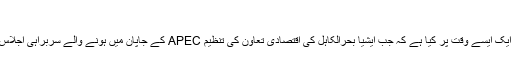
‘‘
روسی صدر نے کوناشیرکا یہ دورہ ایک ایسے وقت پر کیا ہے کہ جب ایشیا بحرالکاہل کی اقتصادی تعاون کی تنظیم APEC کے جاپان میں ہونے والے سربراہی اجلاس میں اب زیادہ عرصہ باقی نہیں بچا۔